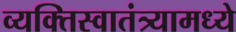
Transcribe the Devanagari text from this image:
व्यक्तिस्वातंत्र्यामध्ये